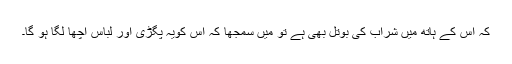
کہ اس کے ہاتھ میں شراب کی بوتل بھی ہے تو میں سمجھا کہ اس کویہ پگڑی اور لباس اچھا لگا ہو گا۔